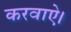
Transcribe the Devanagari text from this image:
करवाऐ।